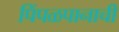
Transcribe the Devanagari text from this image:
पिंपळपानाची